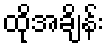
ထိုအချိန်း